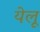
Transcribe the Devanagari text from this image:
येलू